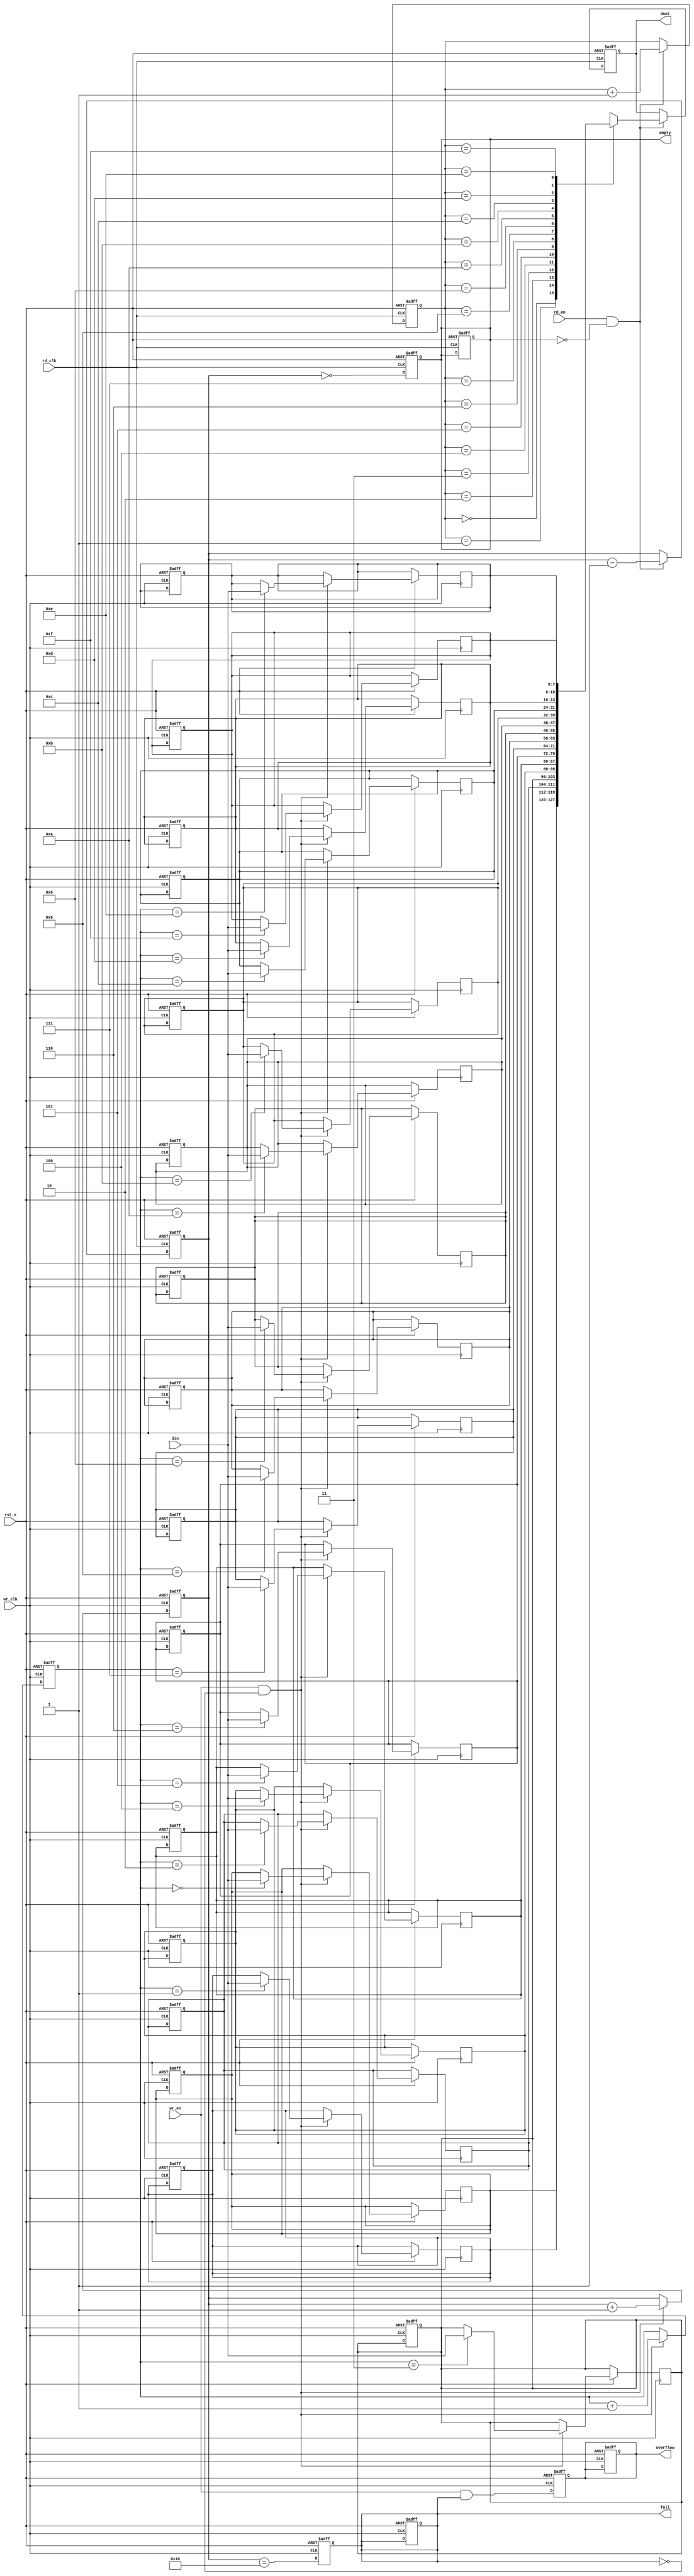
module async_fifo #(
    parameter DATA_WIDTH = 8,   // Width of the data
    parameter FIFO_DEPTH = 16,   // Depth of the FIFO (must be a power of 2)
    parameter ADDR_WIDTH = $clog2(FIFO_DEPTH) // Calculated address width
)(
    input wire wr_clk,                // Write clock
    input wire rd_clk,                // Read clock
    input wire rst_n,                 // Active low reset
    input wire wr_en,                 // Write enable
    input wire rd_en,                 // Read enable
    input wire [DATA_WIDTH-1:0] din,  // Data input
    output reg [DATA_WIDTH-1:0] dout, // Data output
    output reg full,                  // Full flag
    output reg empty,                 // Empty flag
    output reg overflow                // Overflow flag
);

    // FIFO memory array
    reg [DATA_WIDTH-1:0] fifo_mem [0:FIFO_DEPTH-1];
    reg [ADDR_WIDTH-1:0] wr_pointer;
    reg [ADDR_WIDTH-1:0] rd_pointer;
    reg [ADDR_WIDTH:0] fifo_count; // Include one extra bit for overflow check

    // Write Logic (synchronous to wr_clk)
    always @(posedge wr_clk or negedge rst_n) begin
        if (!rst_n) begin
            wr_pointer <= 0;
            fifo_count <= 0;
            full <= 0;
            overflow <= 0;
        end else if (wr_en && !full) begin
            fifo_mem[wr_pointer] <= din;     // Write data
            wr_pointer <= wr_pointer + 1;    // Increment write pointer
            fifo_count <= fifo_count + 1;     // Increment count
        end
    end

    // Read Logic (synchronous to rd_clk)
    always @(posedge rd_clk or negedge rst_n) begin
        if (!rst_n) begin
            rd_pointer <= 0;
            dout <= 0;
            fifo_count <= 0;
            empty <= 1;
        end else if (rd_en && !empty) begin
            dout <= fifo_mem[rd_pointer]; // Read data
            rd_pointer <= rd_pointer + 1; // Increment read pointer
            fifo_count <= fifo_count - 1; // Decrement count
        end
    end

    // Status Flags Logic
    always @(posedge wr_clk or negedge rst_n) begin
        if (!rst_n) begin
            full <= 0;
            overflow <= 0;
        end else begin
            full <= (fifo_count == FIFO_DEPTH); // FIFO is full
            overflow <= (wr_en && full);        // Check for overflow
        end
    end

    always @(posedge rd_clk or negedge rst_n) begin
        if (!rst_n) begin
            empty <= 1; // Initial state is empty
        end else begin
            empty <= (fifo_count == 0); // FIFO is empty
        end
    end

    // Synchronizing read and write pointers
    reg [ADDR_WIDTH-1:0] rd_pointer_sync;
    always @(posedge rd_clk) begin
        rd_pointer_sync <= rd_pointer; // Synchronize the read pointer
    end

    // Ensure to clear memory on reset
    integer i;
    always @(posedge wr_clk or negedge rst_n) begin
        if (!rst_n) begin
            for (i = 0; i < FIFO_DEPTH; i = i + 1) begin
                fifo_mem[i] <= 0; // Clear FIFO memory
            end
        end
    end

endmodule